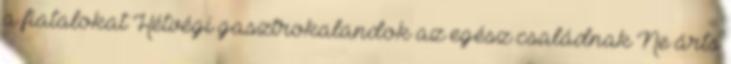
a fiatalokat Hétvégi gasztrokalandok az egész családnak Ne árts